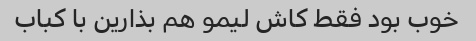
خوب بود فقط کاش لیمو هم بذارین با کباب